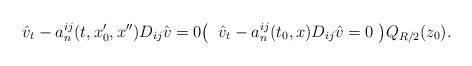
\begin{align*}\hat v_t-a_n^{ij}(t, x_0',x'')D_{ij}\hat v=0 \bigl(\; \; \hat v_t-a_n^{ij}(t_0, x) D_{ij}\hat v=0\;\bigr) Q_{R/2}(z_0).\end{align*}